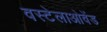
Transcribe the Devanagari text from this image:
वस्टेलाओवेंड